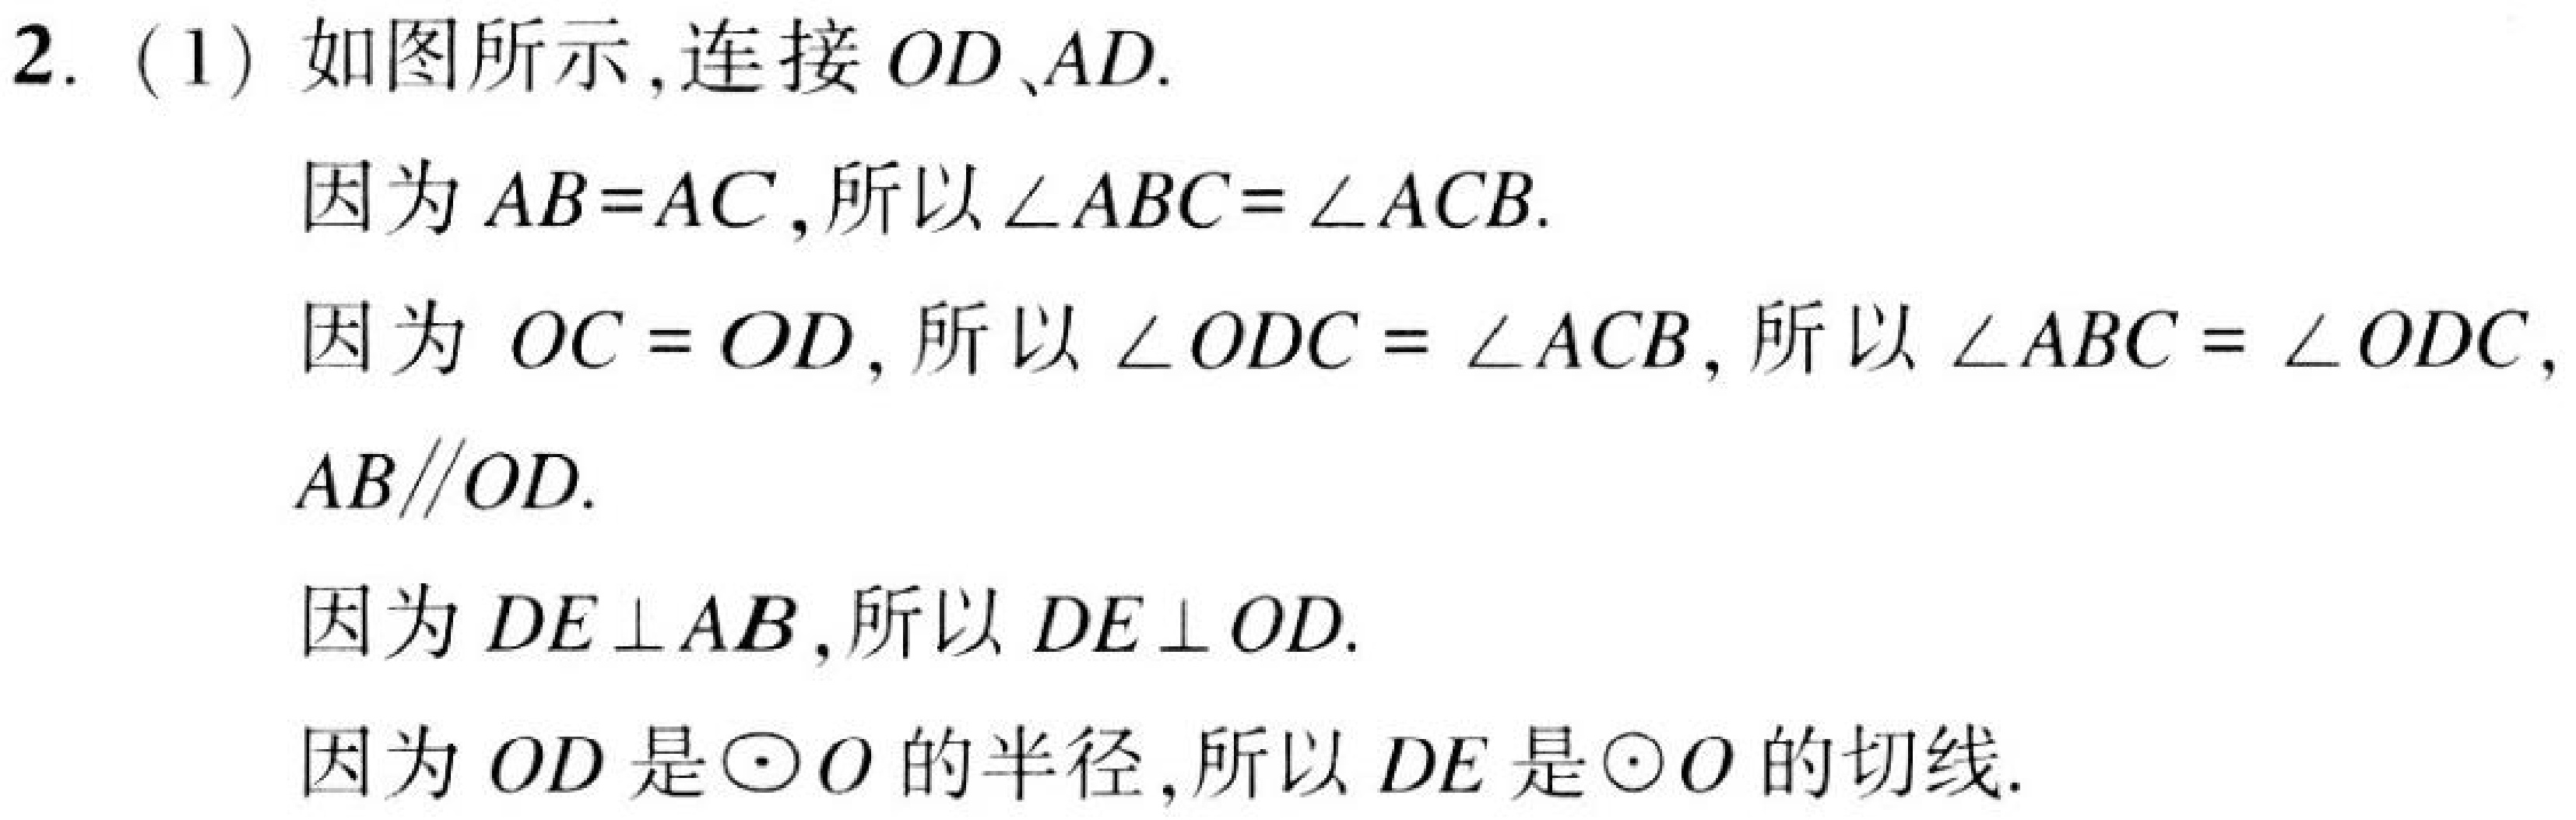
2. (1) 如图所示,连接 \(OD\)、\(AD\).

因为 \(AB = AC\),所以 \(\angle ABC=\angle ACB\).

因为 \(OC = OD\),所以 \(\angle ODC=\angle ACB\), 所以 \(\angle ABC=\angle ODC\),
\(AB\parallel OD\).

因为 \(DE\perp AB\),所以 \(DE\perp OD\).

因为 \(OD\) 是\(\odot O\)的半径,所以 \(DE\) 是\(\odot O\)的切线.